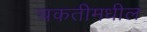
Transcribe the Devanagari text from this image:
चकतीमधील